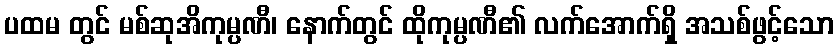
ပထမ တွင် မစ်ဆုအိကုမ္ပဏီ၊ နောက်တွင် ထိုကုမ္ပဏီ၏ လက်အောက်ရှိ အသစ်ဖွင့်သော